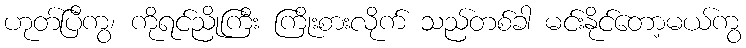
ဟုတ်ပြီကွ၊ ကိုရင်ညိုကြီး ကြိုးစားလိုက် သည်တစ်ခါ မင်းနိုင်တော့မယ်ကွ